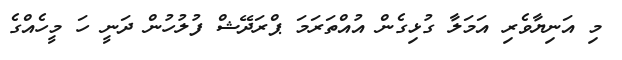
މި އަނިޔާވެރި އަމަލާ ގުޅިގެން އުއްތަރަމަ ޕްރަދޭޝް ފުލުހުން ދަނީ ހަ މީހެއްގެ